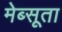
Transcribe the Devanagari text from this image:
मेब्सूता